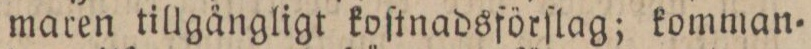
maren tillgängligt koſtnadsförſlag; komman=